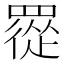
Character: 𦌇